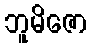
ဘူမိဇော